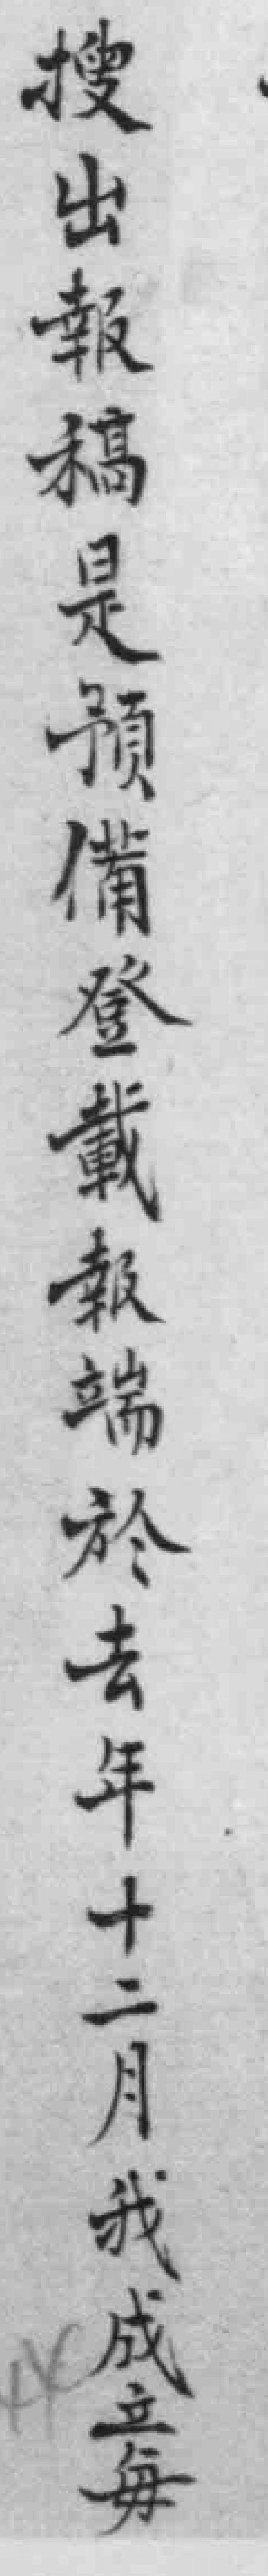
搜出報稿是預備登載報端於去年十二月我成每